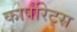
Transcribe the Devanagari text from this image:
कार्पोरेट्स